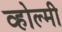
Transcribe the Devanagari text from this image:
व्होल्मी